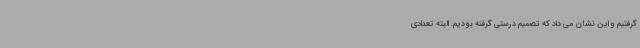
گرفتیم و این نشان می داد که تصمیم درستی گرفته‌ بودیم. البته تعدادی